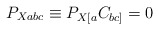
\begin{align*}P_{Xabc}\equiv P_{X[a}C_{bc]}=0\end{align*}